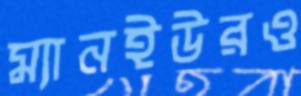
ম্যানইউরও